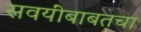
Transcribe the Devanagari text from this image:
सवयींबाबतचा